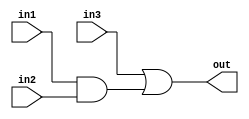
module AndOrCircuit 
       (input in1,
        input in2,
        input in3,
        output out
        );
				  
wire andout;

and(andout,in1,in2);

or(out,in3,andout);	

endmodule